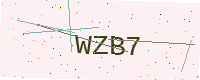
Text: WZB7